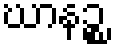
ဃာနဉ္စ